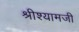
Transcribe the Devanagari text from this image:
श्रीश्यामजी